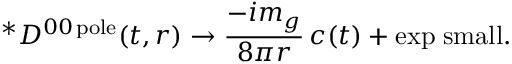
^ { * } { \cal D } ^ { 0 0 \, \mathrm { p o l e } } ( t , r ) \to { \frac { - i m _ { g } } { 8 \pi r } } \, c ( t ) + \mathrm { e x p \; s m a l l } .